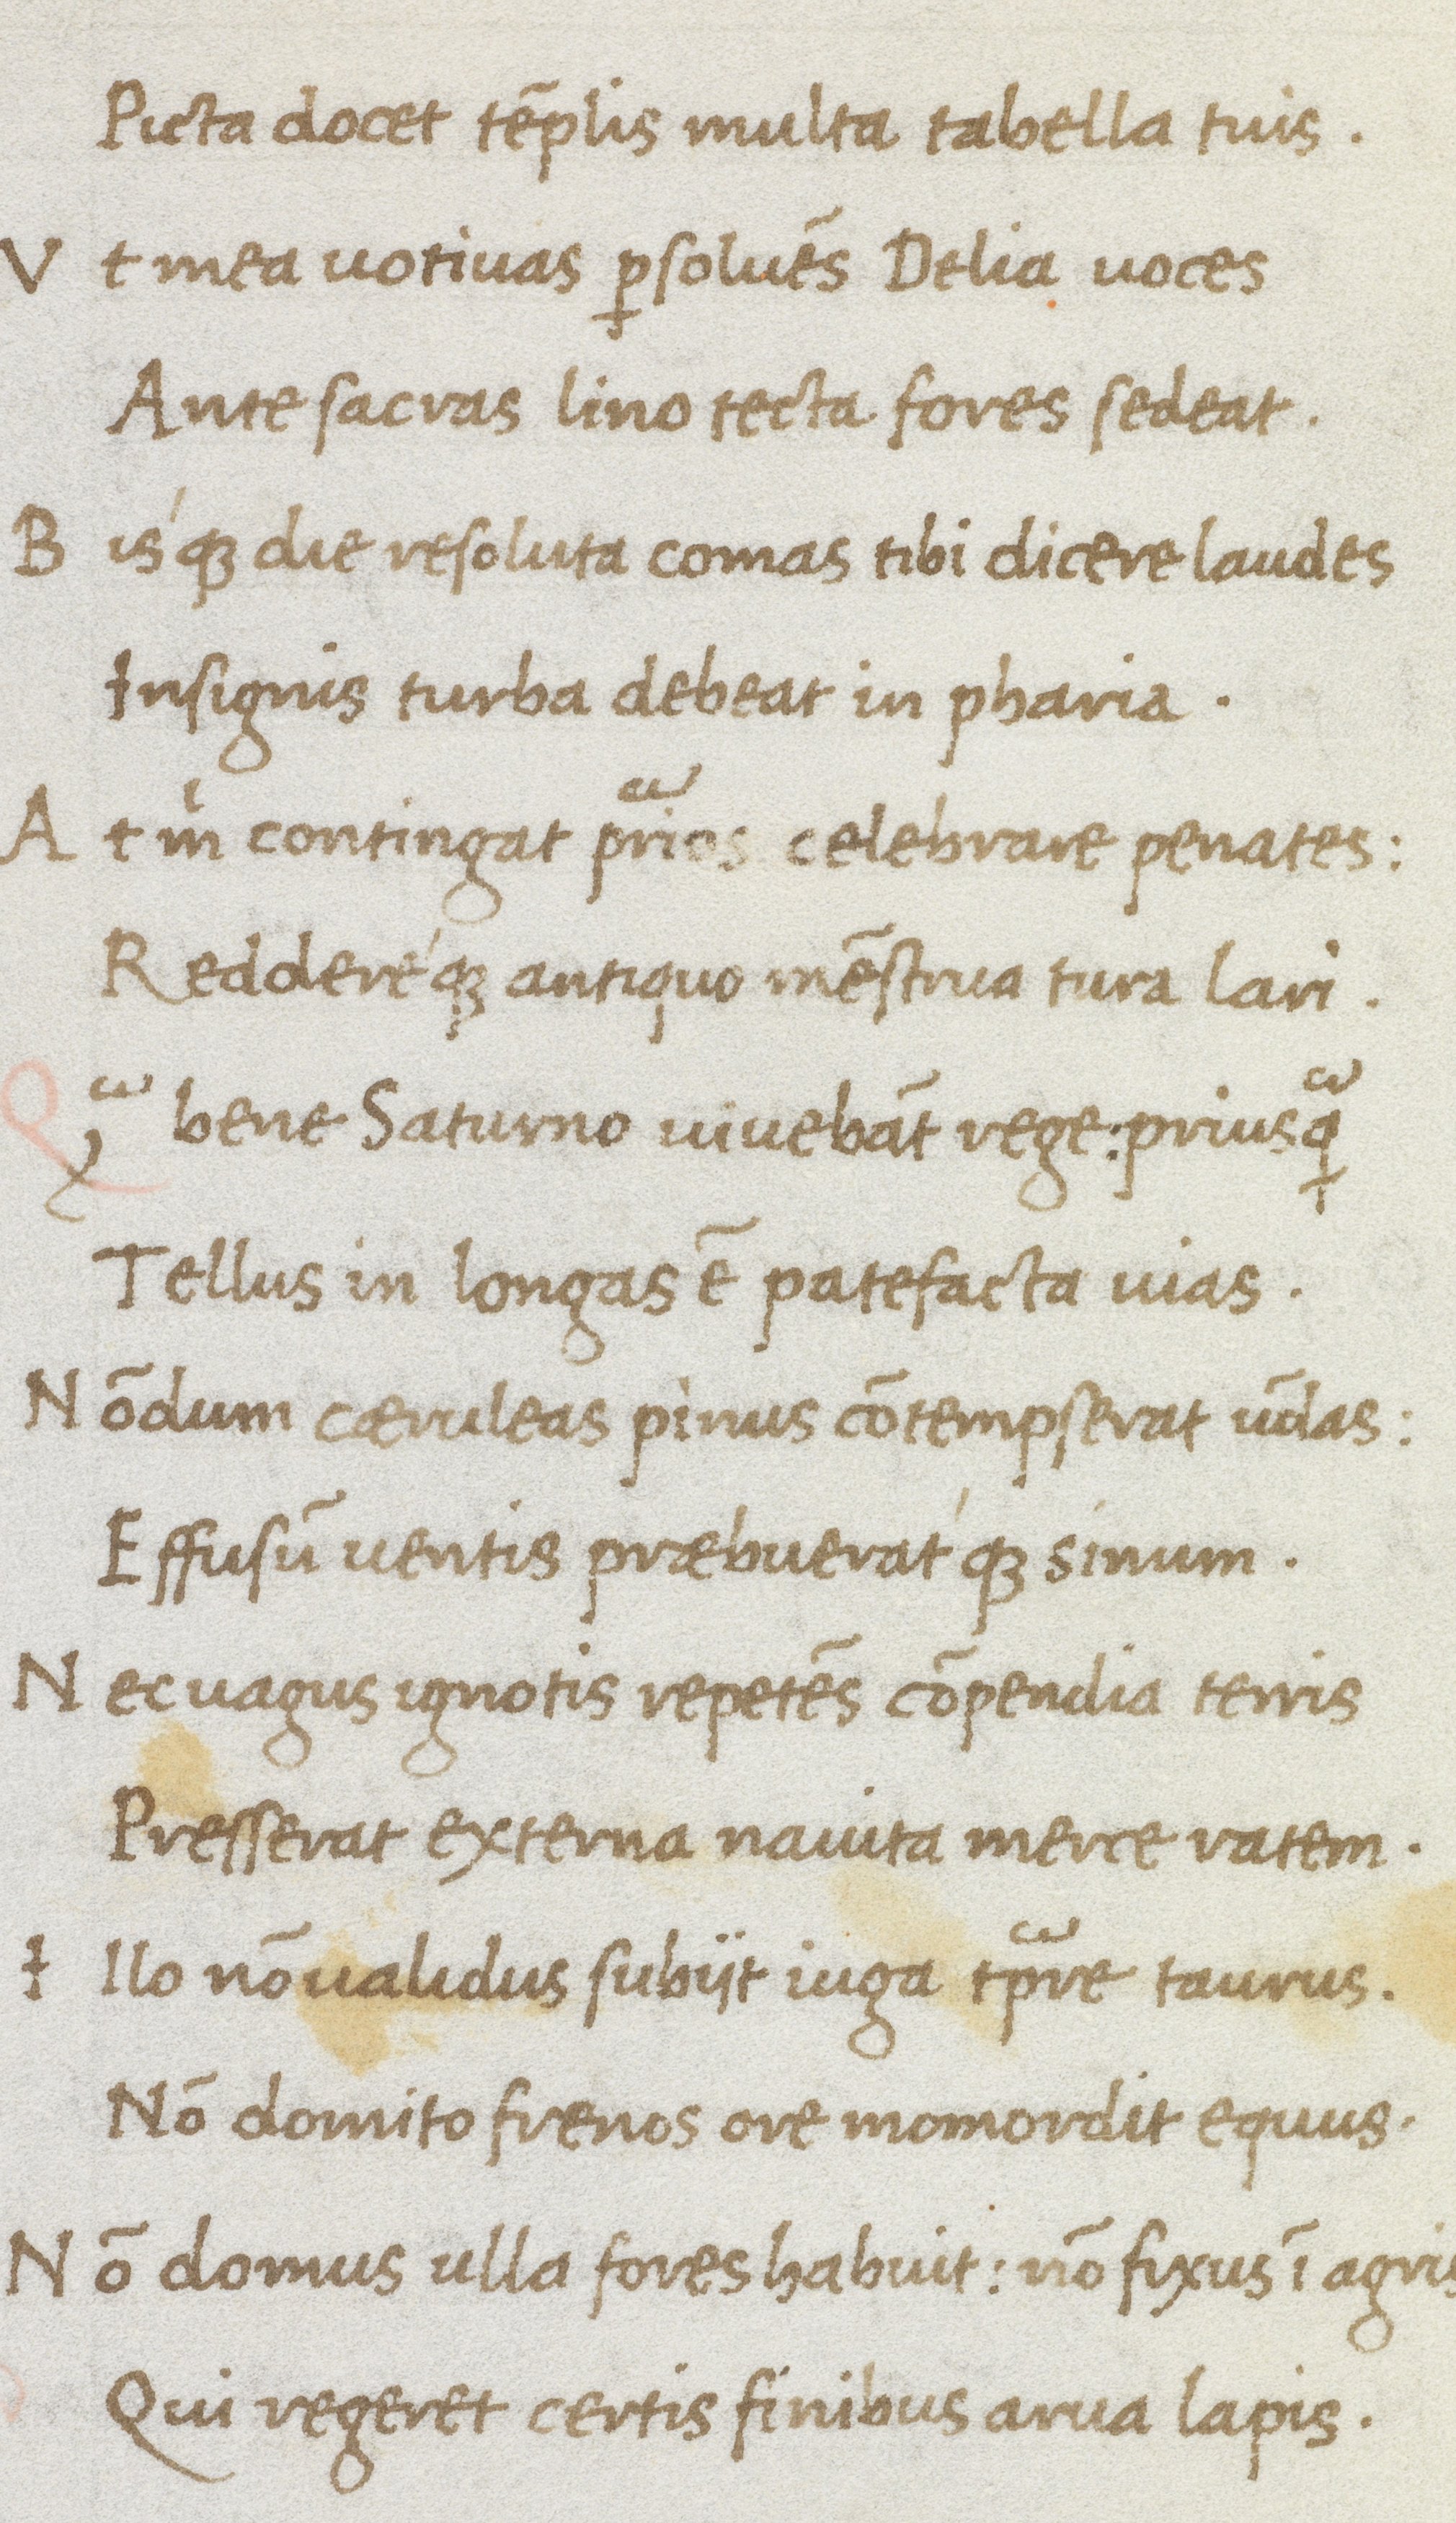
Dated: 1475–1495